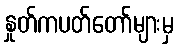
နှုတ်ကပတ်တော်များမှ